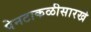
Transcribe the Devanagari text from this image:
पेनटाकळीसारखे